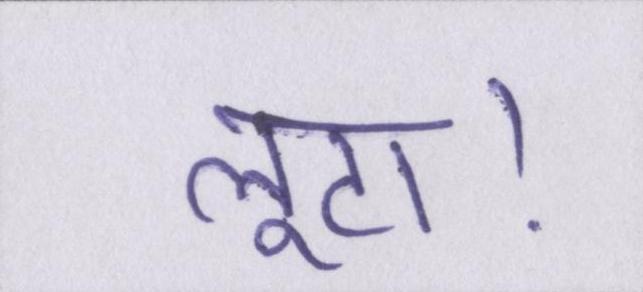
लूटा।